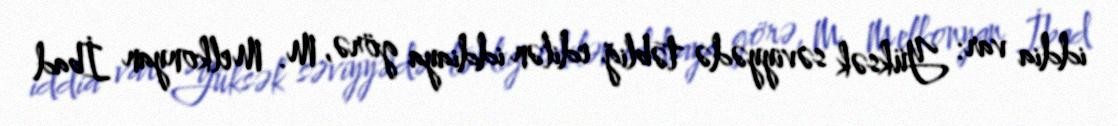
iddia var: Yüksək səviyyədə təbliğ edilən iddiaya görə, M. Melkonyan İbad